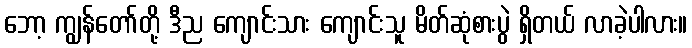
ဘော့ ကျွန်တော်တို့ ဒီည ကျောင်းသား ကျောင်းသူ မိတ်ဆုံစားပွဲ ရှိတယ် လာခဲ့ပါလား။